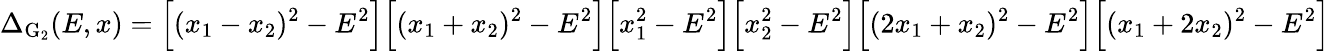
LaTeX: \Delta_{\mathrm{G}_{2}}(E,x)=\Big[(x_{1}-x_{2})^{2}-E^{2}\Big]\Big[(x_{1}+x_{2})^{2}-E^{2}\Big]\Big[x_{1}^{2}-E^{2}\Big]\Big[x_{2}^{2}-E^{2}\Big]\Big[(2x_{1}+x_{2})^{2}-E^{2}\Big]\Big[(x_{1}+2x_{2})^{2}-E^{2}\Big]